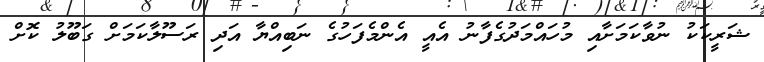
ޝަރީކަކު ނުވާކަމަށާއި މުހައްމަދުގެފާނު އެއީ އެންމެފަހުގެ ނަބިއްޔާ އަދި ރަސޫލާކަމަށް ގަބޫލު ކޮށް